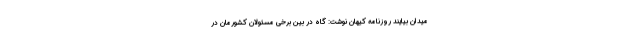
میدان بیایند روزنامه کیهان نوشت: گاه در بین برخی مسئولان کشورمان در